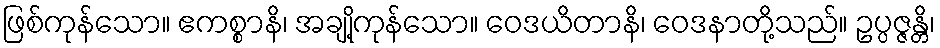
ဖြစ်ကုန်သော။ ဧကစ္စာနိ၊ အချို့ကုန်သော။ ဝေဒယိတာနိ၊ ဝေဒနာတို့သည်။ ဥပ္ပဇ္ဇန္တိ၊